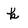
Character: k